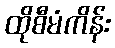
ထိုစီမံကိန်း